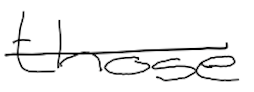
Text: those
Cross-out: single-line
Writing tool: digital_black